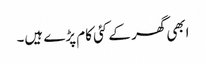
ابھی گھر کے کئی کام پڑے ہیں۔